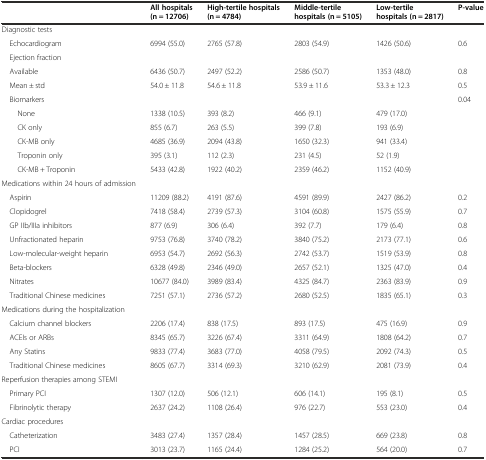
<table><thead><tr><td>[EMPTY_CELL]</td><td><b>All hospitals (n = 12706)</b></td><td><b>High-tertile hospitals (n = 4784)</b></td><td><b>Middle-tertile hospitals (n = 5105)</b></td><td><b>Low-tertile hospitals (n = 2817)</b></td><td><b>P-value</b></td></tr></thead><tbody><tr><td>Diagnostic tests</td><td>[EMPTY_CELL]</td><td>[EMPTY_CELL]</td><td>[EMPTY_CELL]</td><td>[EMPTY_CELL]</td><td>[EMPTY_CELL]</td></tr><tr><td> Echocardiogram</td><td>6994 (55.0)</td><td>2765 (57.8)</td><td>2803 (54.9)</td><td>1426 (50.6)</td><td>0.6</td></tr><tr><td> Ejection fraction</td><td>[EMPTY_CELL]</td><td>[EMPTY_CELL]</td><td>[EMPTY_CELL]</td><td>[EMPTY_CELL]</td><td>[EMPTY_CELL]</td></tr><tr><td> Available</td><td>6436 (50.7)</td><td>2497 (52.2)</td><td>2586 (50.7)</td><td>1353 (48.0)</td><td>0.8</td></tr><tr><td> Mean ± std</td><td>54.0 ± 11.8</td><td>54.6 ± 11.8</td><td>53.9 ± 11.6</td><td>53.3 ± 12.3</td><td>0.5</td></tr><tr><td> Biomarkers</td><td>[EMPTY_CELL]</td><td>[EMPTY_CELL]</td><td>[EMPTY_CELL]</td><td>[EMPTY_CELL]</td><td>0.04</td></tr><tr><td>None</td><td>1338 (10.5)</td><td>393 (8.2)</td><td>466 (9.1)</td><td>479 (17.0)</td><td>[EMPTY_CELL]</td></tr><tr><td>CK only</td><td>855 (6.7)</td><td>263 (5.5)</td><td>399 (7.8)</td><td>193 (6.9)</td><td>[EMPTY_CELL]</td></tr><tr><td>CK-MB only</td><td>4685 (36.9)</td><td>2094 (43.8)</td><td>1650 (32.3)</td><td>941 (33.4)</td><td>[EMPTY_CELL]</td></tr><tr><td>Troponin only</td><td>395 (3.1)</td><td>112 (2.3)</td><td>231 (4.5)</td><td>52 (1.9)</td><td>[EMPTY_CELL]</td></tr><tr><td>CK-MB + Troponin</td><td>5433 (42.8)</td><td>1922 (40.2)</td><td>2359 (46.2)</td><td>1152 (40.9)</td><td>[EMPTY_CELL]</td></tr><tr><td>Medications within 24 hours of admission</td><td>[EMPTY_CELL]</td><td>[EMPTY_CELL]</td><td>[EMPTY_CELL]</td><td>[EMPTY_CELL]</td><td>[EMPTY_CELL]</td></tr><tr><td> Aspirin</td><td>11209 (88.2)</td><td>4191 (87.6)</td><td>4591 (89.9)</td><td>2427 (86.2)</td><td>0.2</td></tr><tr><td> Clopidogrel</td><td>7418 (58.4)</td><td>2739 (57.3)</td><td>3104 (60.8)</td><td>1575 (55.9)</td><td>0.7</td></tr><tr><td> GP IIb/IIIa inhibitors</td><td>877 (6.9)</td><td>306 (6.4)</td><td>392 (7.7)</td><td>179 (6.4)</td><td>0.8</td></tr><tr><td> Unfractionated heparin</td><td>9753 (76.8)</td><td>3740 (78.2)</td><td>3840 (75.2)</td><td>2173 (77.1)</td><td>0.6</td></tr><tr><td> Low-molecular-weight heparin</td><td>6953 (54.7)</td><td>2692 (56.3)</td><td>2742 (53.7)</td><td>1519 (53.9)</td><td>0.8</td></tr><tr><td> Beta-blockers</td><td>6328 (49.8)</td><td>2346 (49.0)</td><td>2657 (52.1)</td><td>1325 (47.0)</td><td>0.4</td></tr><tr><td> Nitrates</td><td>10677 (84.0)</td><td>3989 (83.4)</td><td>4325 (84.7)</td><td>2363 (83.9)</td><td>0.9</td></tr><tr><td> Traditional Chinese medicines</td><td>7251 (57.1)</td><td>2736 (57.2)</td><td>2680 (52.5)</td><td>1835 (65.1)</td><td>0.3</td></tr><tr><td>Medications during the hospitalization</td><td>[EMPTY_CELL]</td><td>[EMPTY_CELL]</td><td>[EMPTY_CELL]</td><td>[EMPTY_CELL]</td><td>[EMPTY_CELL]</td></tr><tr><td> Calcium channel blockers</td><td>2206 (17.4)</td><td>838 (17.5)</td><td>893 (17.5)</td><td>475 (16.9)</td><td>0.9</td></tr><tr><td> ACEIs or ARBs</td><td>8345 (65.7)</td><td>3226 (67.4)</td><td>3311 (64.9)</td><td>1808 (64.2)</td><td>0.7</td></tr><tr><td> Any Statins</td><td>9833 (77.4)</td><td>3683 (77.0)</td><td>4058 (79.5)</td><td>2092 (74.3)</td><td>0.5</td></tr><tr><td> Traditional Chinese medicines</td><td>8605 (67.7)</td><td>3314 (69.3)</td><td>3210 (62.9)</td><td>2081 (73.9)</td><td>0.4</td></tr><tr><td>Reperfusion therapies among STEMI</td><td>[EMPTY_CELL]</td><td>[EMPTY_CELL]</td><td>[EMPTY_CELL]</td><td>[EMPTY_CELL]</td><td>[EMPTY_CELL]</td></tr><tr><td> Primary PCI</td><td>1307 (12.0)</td><td>506 (12.1)</td><td>606 (14.1)</td><td>195 (8.1)</td><td>0.5</td></tr><tr><td> Fibrinolytic therapy</td><td>2637 (24.2)</td><td>1108 (26.4)</td><td>976 (22.7)</td><td>553 (23.0)</td><td>0.4</td></tr><tr><td>Cardiac procedures</td><td>[EMPTY_CELL]</td><td>[EMPTY_CELL]</td><td>[EMPTY_CELL]</td><td>[EMPTY_CELL]</td><td>[EMPTY_CELL]</td></tr><tr><td> Catheterization</td><td>3483 (27.4)</td><td>1357 (28.4)</td><td>1457 (28.5)</td><td>669 (23.8)</td><td>0.8</td></tr><tr><td> PCI</td><td>3013 (23.7)</td><td>1165 (24.4)</td><td>1284 (25.2)</td><td>564 (20.0)</td><td>0.7</td></tr></tbody></table>